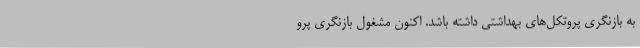
به بازنگری پروتکل‌های بهداشتی داشته باشد. اکنون مشغول بازنگری پرو